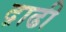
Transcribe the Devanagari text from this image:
द़ाढी